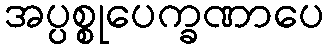
အပ္ပစ္စုပေက္ခဏာပေ